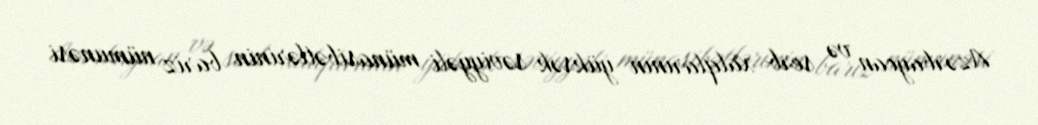
Azərbaycan və serb xalqlarının yüksək səviyyəli münasibətlərinin bariz nümunəsi